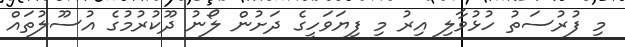
މި ފުރުސަތު ހުޅުވާލި އިރު މި ފިޔަވަހީގެ ދަށުން ލޯނު ދޫކުރުމުގެ އުސޫލުތައް